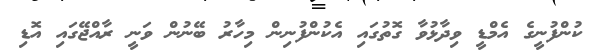
ކުންފުނީގެ އެމްޑީ ވިދާޅުވާ ގޮތުގައި އެކުންފުނިން މިހާރު ބޭނުން ވަނީ ރާއްޖޭގައި އޮޑި